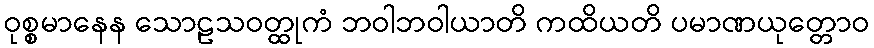
ဝုစ္စမာနေန သောဠသဝတ္ထုကံ ဘဝါဘဝါယာတိ ကထိယတိ ပမာဏယုတ္တောဝ